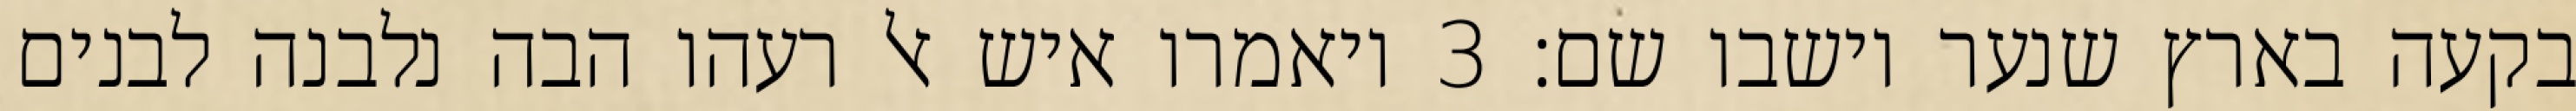
בקעה בארץ שנער וישבו שם׃ ‎3‏ ויאמרו איש אל רעהו הבה נלבנה לבנים